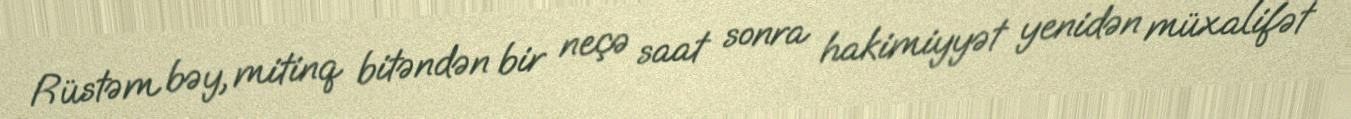
Rüstəm bəy, mitinq bitəndən bir neçə saat sonra hakimiyyət yenidən müxalifət